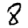
Digit: 8